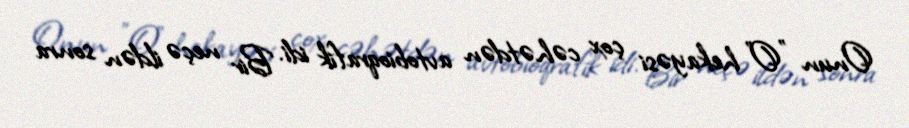
Onun "O" hekayəsi çox cəhətdən avtobioqrafik idi. Bir neçə ildən sonra